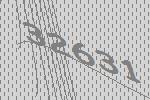
32631